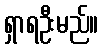
ရှာရဦးမည်။